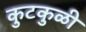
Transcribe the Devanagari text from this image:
कुटकुळी